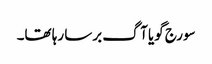
سورج گویا آگ برسا رہا تھا۔